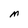
Character: M